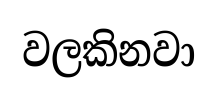
වලකිනවා